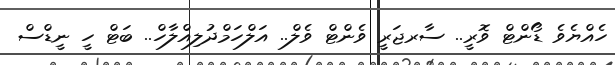
ހެއްޔެވެ ޑޯންޓް ވޮރީ.. ސާރޖަރީ ވެންޓް ވެލް.. އަލްހަމްދުލިއްލާހް.. ބަޓް ހީ ނީޑްސް